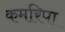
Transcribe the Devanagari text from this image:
कमरिपा